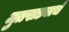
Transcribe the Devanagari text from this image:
मुतखड्याचे